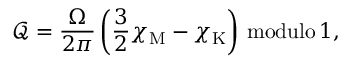
\mathcal { Q } = \frac { \Omega } { 2 \pi } \left( \frac { 3 } { 2 } \chi _ { \mathrm { M } } - \chi _ { \mathrm { K } } \right) \, \mathrm { m o d u l o } \, 1 ,